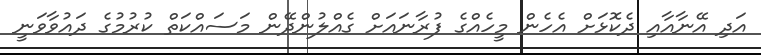
އަދި އޭނާއާއި ދެކޮޅަށް އެހެން މީހެއްގެ ފުރާނައަށް ގެއްލުންދޭން މަސައްކަތް ކުރުމުގެ ދައުވާވަނީ